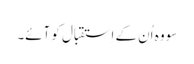
سو وہ اُن کے اِستقبال کو آئے۔